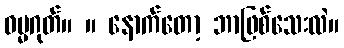
ဓမ္မဂုတ်။ ။ နောက်တော့ ဘာဖြစ်သေးလဲ။